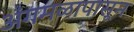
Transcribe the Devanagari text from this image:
अंगमळापासून